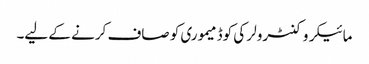
مائیکروکنٹرولر کی کوڈ میموری کو صاف کرنے کے لیے۔